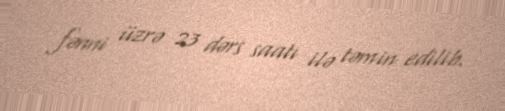
fənni üzrə 23 dərs saatı ilə təmin edilib.